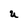
Character: U